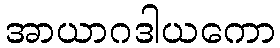
အာယာဂဒါယကော